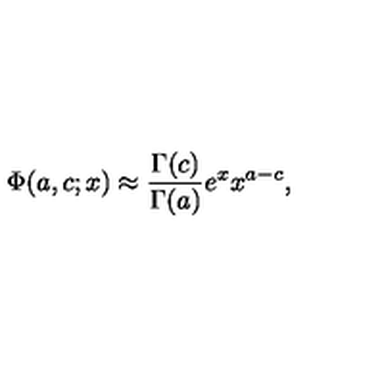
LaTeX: \Phi ( a , c ; x ) \approx { \frac { { \Gamma ( c ) } } { \Gamma ( a ) } } e ^ { x } x ^ { a - c } ,